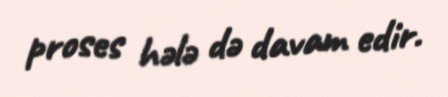
proses hələ də davam edir.